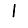
Digit: 1